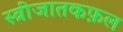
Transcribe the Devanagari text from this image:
स्त्रीजातकफ़ल